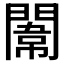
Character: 𨵾